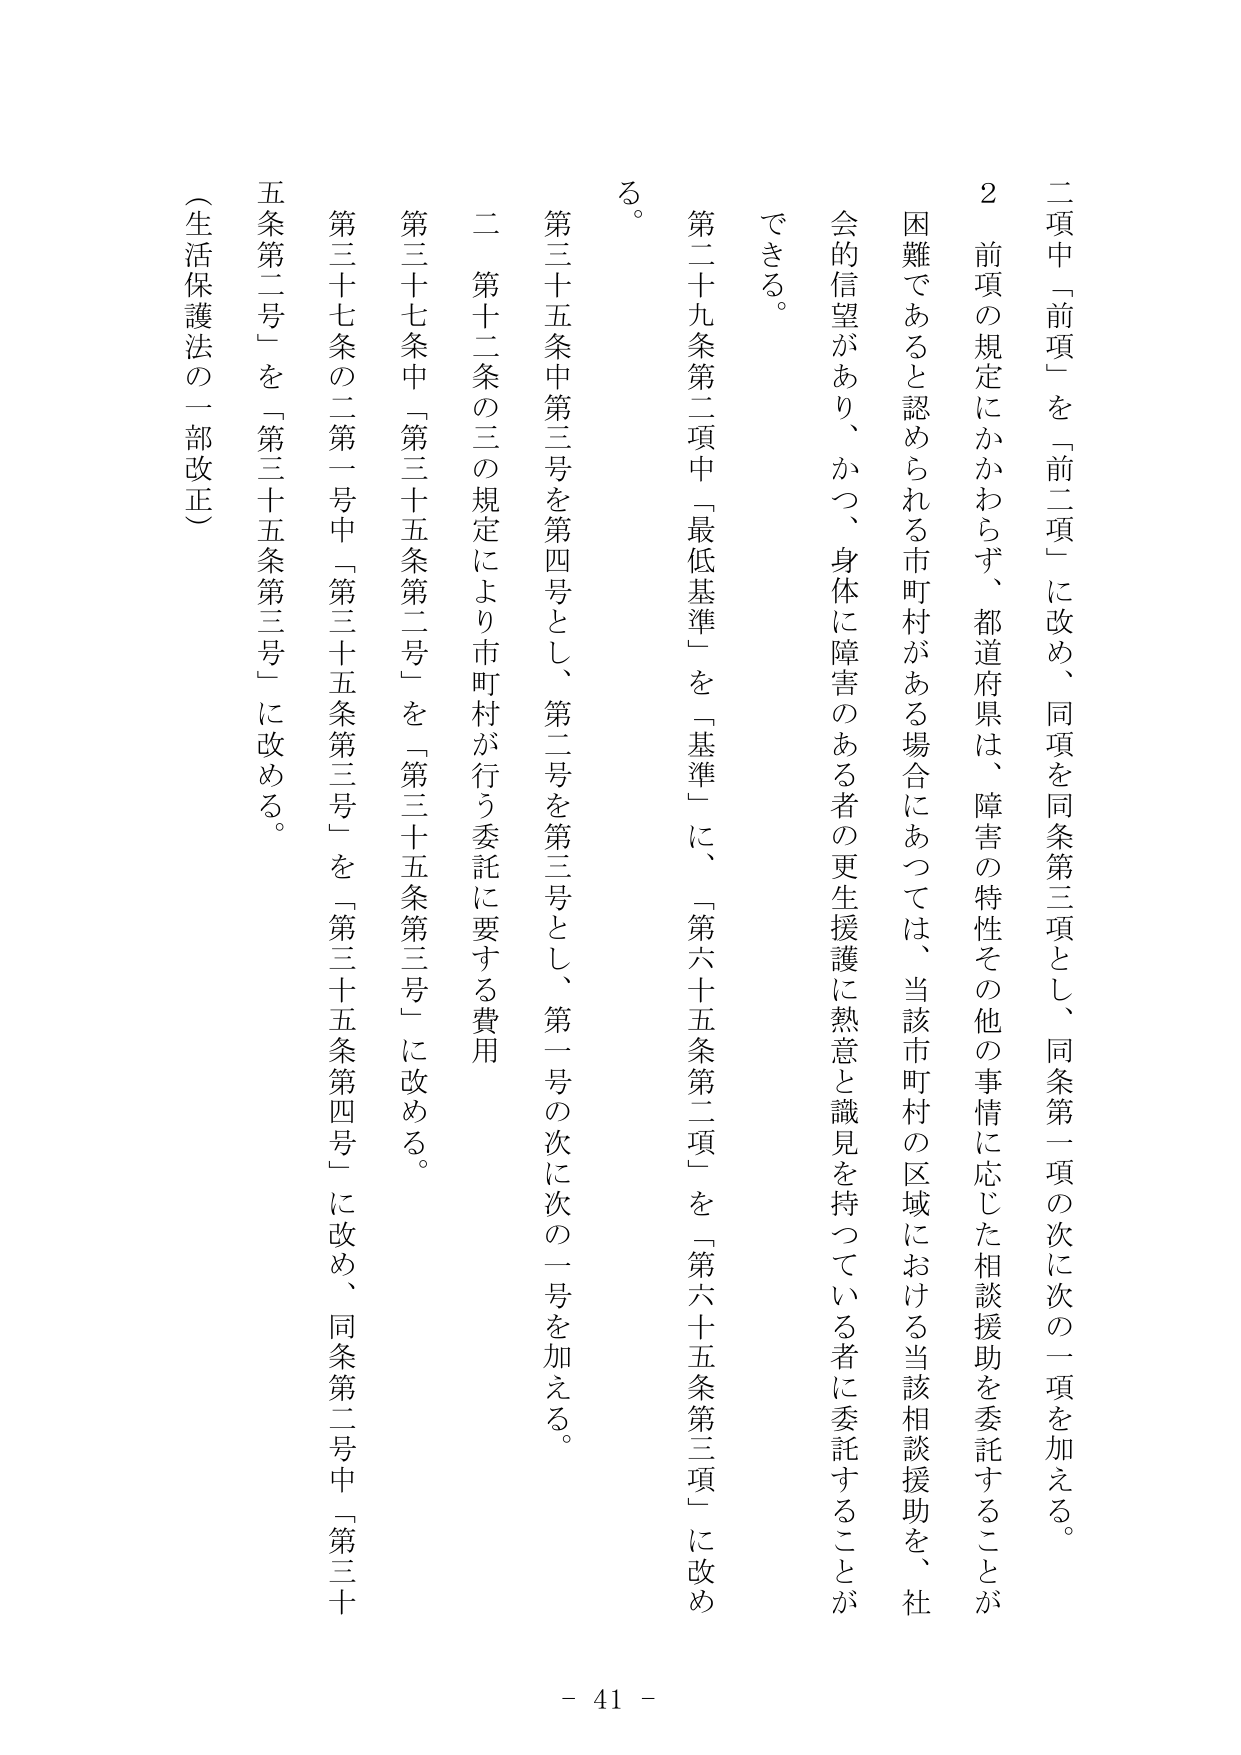
二項中「前項」を「前二項」に改め、同項を同条第三項とし、同条第一項の次に次の一号を加える。

２ 前項の規定にかかわらず、都道府県は、障害の特性その他の事情に応じた相談援助を委託することが困難であると認められる市町村がある場合にあっては、当該市町村の区域における当該相談援助を、社会的信望があり、かつ、身体に障害のある者の更生援護に熱意と識見を持っている者に委託することができる。

第二十九条第二項中「最低基準」を「基準」に、「第六十五条第二項」を「第六十五条第三項」に改める。

第三十五条中第三号を第四号とし、第二号を第三号とし、第一号の次に次の一号を加える。

二 第十二条の三の規定により市町村が行う委託を要する費用

第三十七条中「第三十五条第二号」を「第三十五条第三号」に改める。

第三十七条の二第一号中「第三十五条第三号」を「第三十五条第四号」に改め、同条第二号中「第三十五条第二号」を「第三十五条第三号」に改める。

（生活保護法の一部改正）

- 41 -